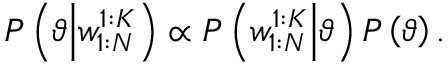
P \left( \vartheta \middle | w _ { 1 : N } ^ { 1 : K } \right) \propto P \left( w _ { 1 : N } ^ { 1 : K } \middle | \vartheta \right) P \left( \vartheta \right) .